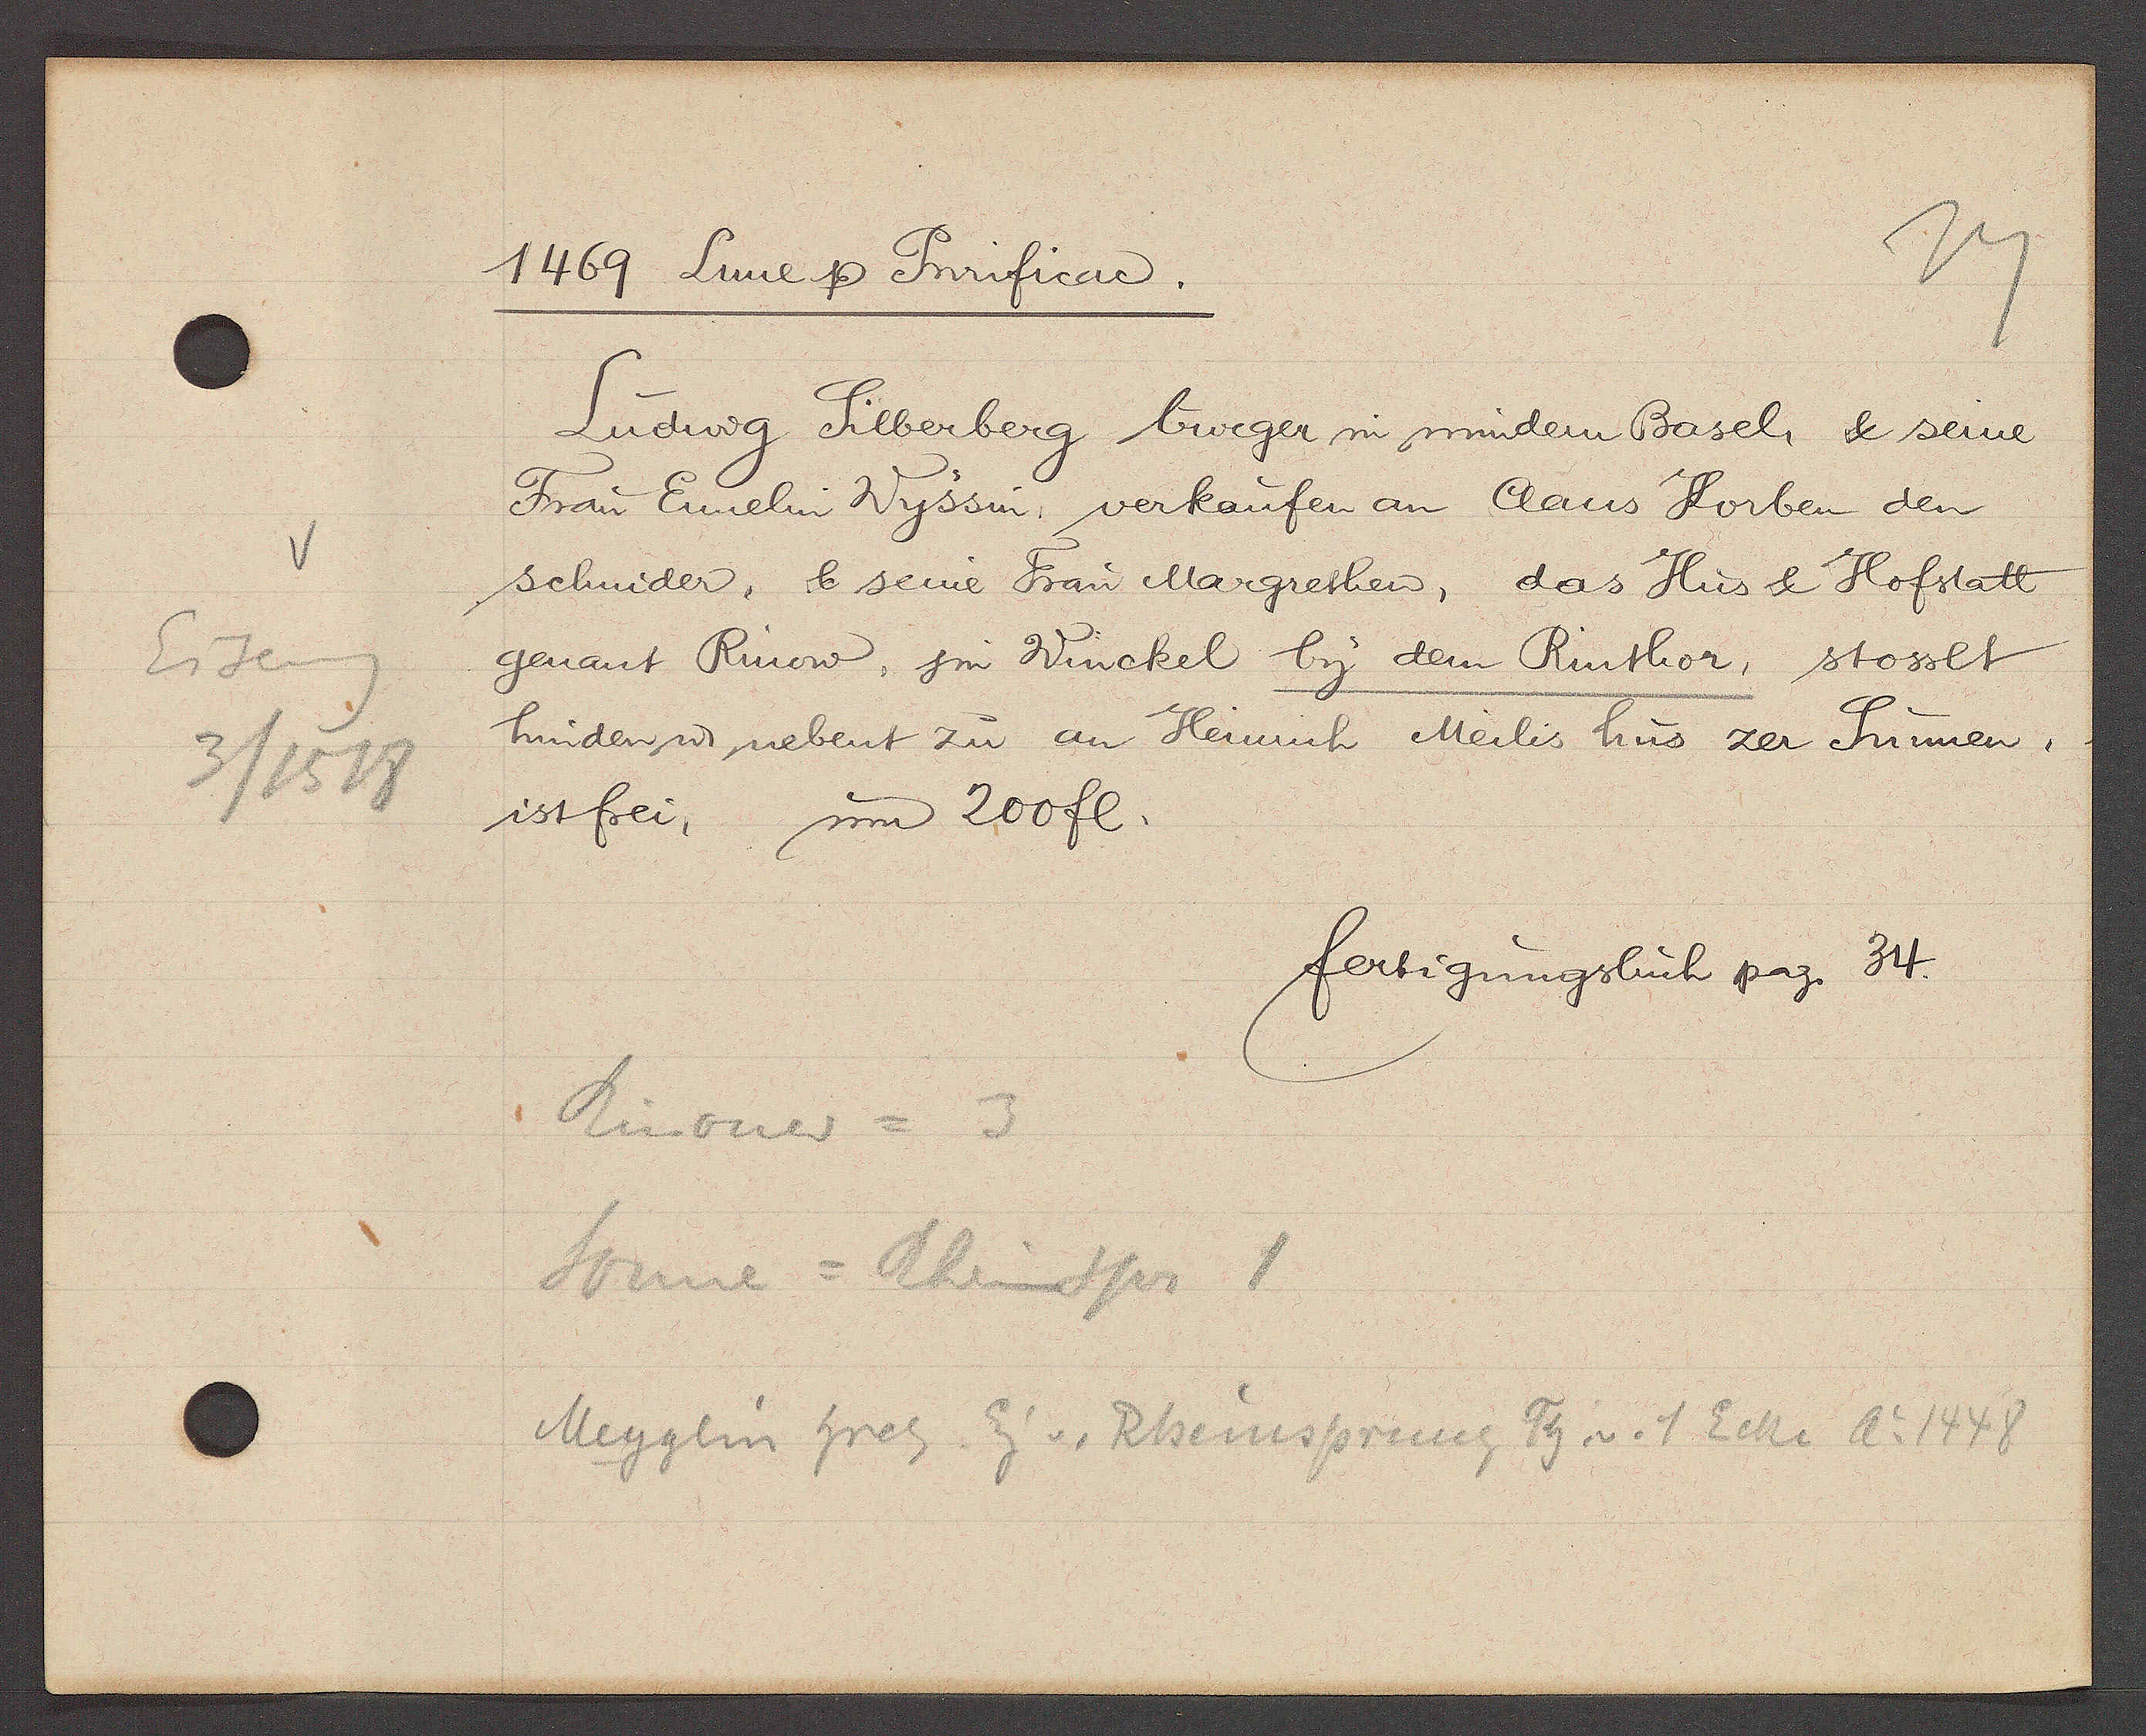
Transcript:
Eiseng
3 / 1518

1469 Lune Ƿ Purificad.

Ludwig Silberberg burger in mindem Basel & seine
Frau Ennelin Wyssin verkaufen an Claus Korben den
schnider, & seine Frau Margrethen, das Hus & Hofstatt
genant Rinow, jm Winckel by dem Rinthor, stosset
hinden ư nebent zu an Heinrich Meilis hus zer Sunnen.
ist frei, um 200 fl.

fertigungsbuch pag. 34

Rinouw = 3
Sonne = Rheinspr 1
Meyglin Hrch Eig v. Rheinsprung Th. v. 1 Ecke Ao 1448